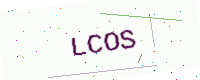
Text: LCOS